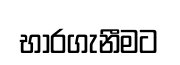
භාරගැනීමට